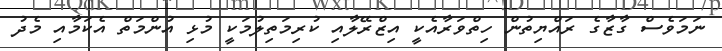
ނަމަވެސް ގާޒާގެ ރައްޔިތުން ހިތްވަރާއެކީ އިޒްރޭލާއި ކުރިމަތިލުމަކީ މުޅި އުންމަތް އެކަމާއި މެދު